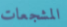
المشجعات